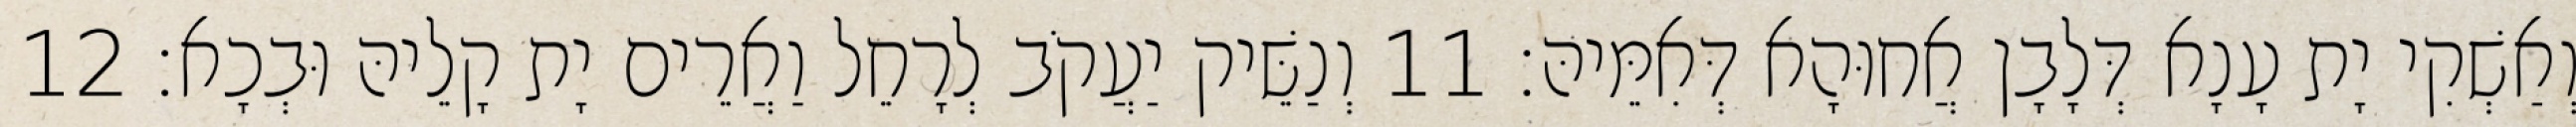
וְאַשְׁקִי יָת עָנָא דְּלָבָן אֲחוּהָא דְּאִמֵּיהּ׃ 11 וְנַשֵּׁיק יַעֲקֹב לְרָחֵל וַאֲרֵים יָת קָלֵיהּ וּבְכָא׃ 12